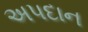
અપદાન